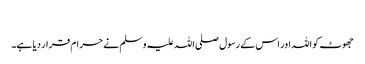
​
جھوٹ کو اللہ اور اس کے رسول صلی اللہ علیہ وسلم نے حرام قرار دیا ہے۔